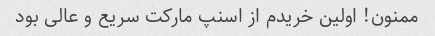
ممنون! اولین خریدم از اسنپ مارکت سریع و عالی بود